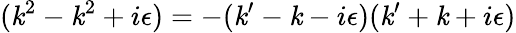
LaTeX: (\mathit{k}^{2}-\mathit{k}^{2}+i\epsilon)=-(\mathit{k}^{\prime}-\mathit{k}-i\epsilon)(\mathit{k}^{\prime}+\mathit{k}+i\epsilon)